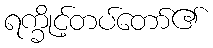
ရက္ခိုင့်တပ်တော်၏